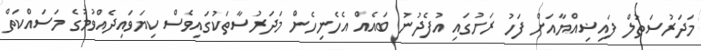
މަދަރުސަތުލް ފައިޟިއްޔާއަށް ފަހު ރަށުގައި އުފެދުނު ބައެއް އެހެނިހެން މަދަރުސާތަކުގައިވެސް ކިޔަވައިދެއްވުމުގެ މަސައްކަތް